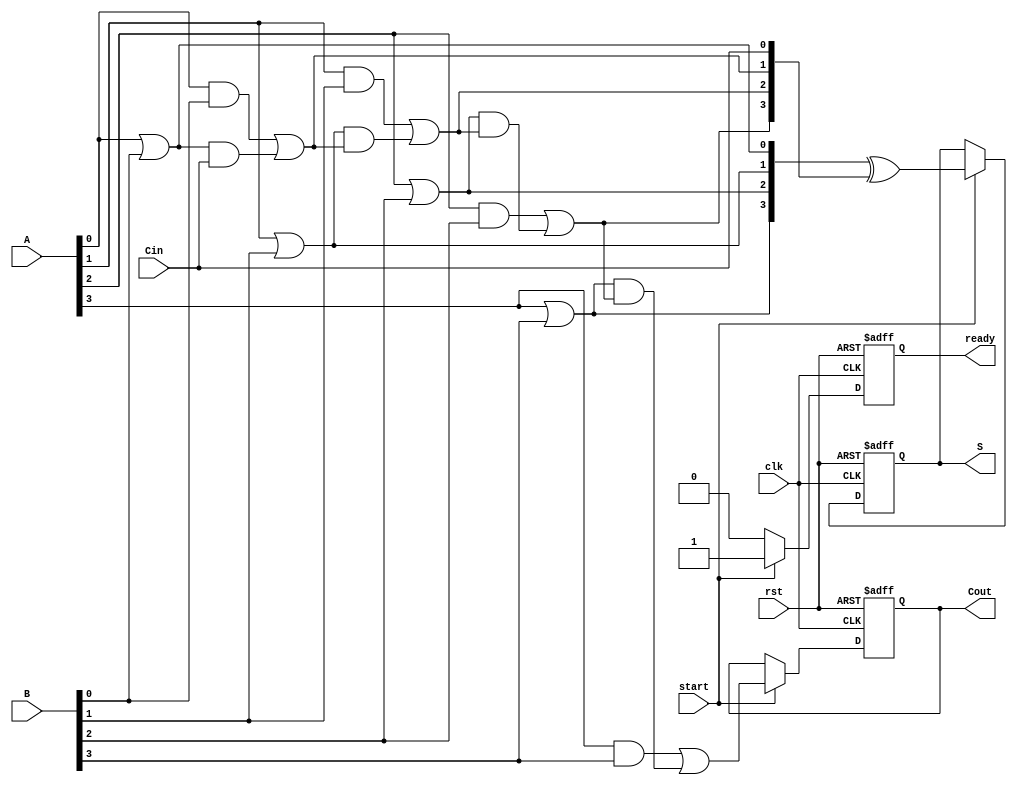
module PipelinedCLA #(
    parameter n = 4 // Specify the bit-width of the adder
)(
    input  wire clk,      // Clock signal
    input  wire rst,      // Reset signal
    input  wire [n-1:0] A, // First n-bit binary number
    input  wire [n-1:0] B, // Second n-bit binary number
    input  wire Cin,      // Carry-in input
    input  wire start,    // Control signal to start addition
    output reg  [n-1:0] S, // n-bit sum output
    output reg  Cout,      // Carry-out output
    output reg  ready      // Output valid signal
);

    // Internal wires for generate, propagate and carry
    wire [n-1:0] G, P;
    wire [n:0] C; // C[0] is Cin, C[n] is Cout
    
    // Stage 1: Generate and Propagate logic
    genvar i;
    generate
        for (i = 0; i < n; i = i + 1) begin: generate_logic
            assign G[i] = A[i] & B[i]; // Generate logic
            assign P[i] = A[i] | B[i]; // Propagate logic
        end
    endgenerate
    
    // Stage 1: Carry Calculation for each bit using Generate and Propagate
    assign C[0] = Cin; // First carry is the input carry
    generate
        for (i = 0; i < n; i = i + 1) begin: carry_logic
            assign C[i+1] = G[i] | (P[i] & C[i]); // Carry computation
        end
    endgenerate

    // Stage 2: Sum Calculation
    always @(posedge clk or posedge rst) begin
        if (rst) begin
            S <= 0;
            Cout <= 0;
            ready <= 0;
        end else if (start) begin
            // Compute the sum using propagate and carry signals
            S <= P ^ C[n-1:0]; // Each bit of the sum
            Cout <= C[n];      // Final carry out
            ready <= 1;        // Indicate the output is ready
        end else begin
            ready <= 0; // Reset the ready signal if not active
        end
    end

endmodule